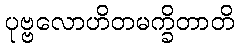
ပုဗ္ဗလောဟိတမက္ခိတာတိ